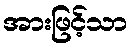
အားဖြင့်သာ